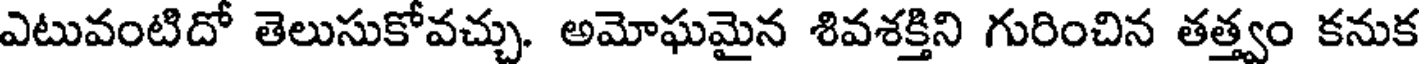
ఎటువంటిదో తెలుసుకోవచ్చు. అమోఘమైన శివశక్తిని గురించిన తత్త్వం కనుక